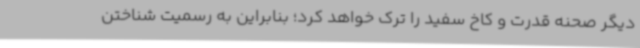
دیگر صحنه قدرت و کاخ سفید را ترک خواهد کرد؛ بنابراین به رسمیت شناختن